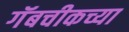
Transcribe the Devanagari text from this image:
गॅबचीकच्या